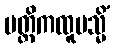
မတ္တိကထူပသ္မိံ